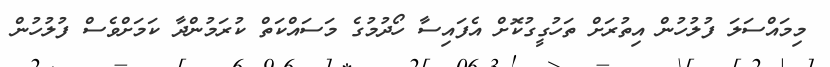
މިމައްސަލަ ފުލުހުން އިތުރަށް ތަހުގީގުކޮށް އެފައިސާ ހޯދުމުގެ މަސައްކަތް ކުރަމުންދާ ކަމަށްވެސް ފުލުހުން